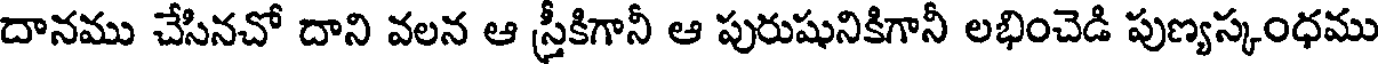
దానము చేసినచో దాని వలన ఆ స్రీకిగానీ ఆ పురుషునికిగానీ లభించెడి పుణ్యస్కంధము